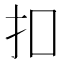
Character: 扣